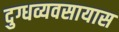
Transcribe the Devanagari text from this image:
दुग्धव्यवसायास